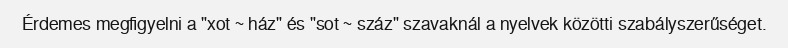
Érdemes megfigyelni a "xot ~ ház" és "sot ~ száz" szavaknál a nyelvek közötti szabályszerűséget.